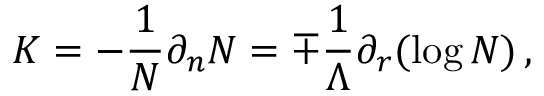
K = - \frac { 1 } { N } \partial _ { n } N = \mp \frac { 1 } { \Lambda } \partial _ { r } ( \log N ) \, ,